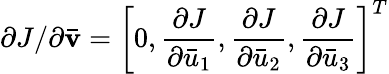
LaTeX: {\partial J}/{\partial{\mathbf{\bar{v}}}}={\left[{0,\frac{{\partial J}}{{\partial{{\bar{u}}_{1}}}},\frac{{\partial J}}{{\partial{{\bar{u}}_{2}}}},\frac{{\partial J}}{{\partial{{\bar{u}}_{3}}}}}\right]^{T}}